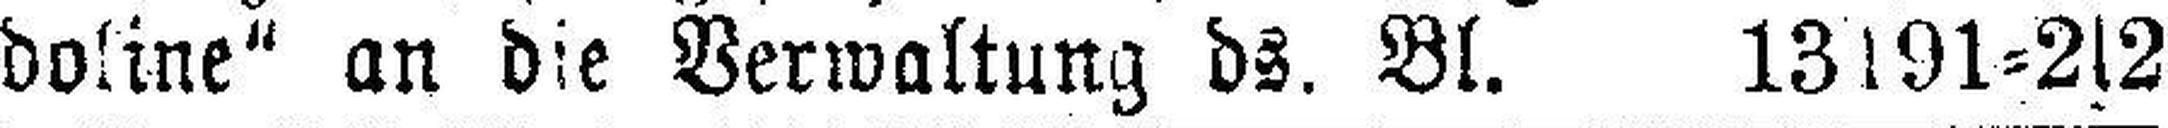
doline“ an die Verwaltung ds. Bl. 13s91=2s2